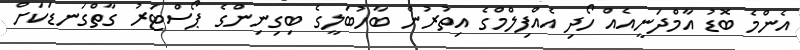
އެންމެ ބޮޑު އާމްދަނީއެއް ހޯދި އެއްފިލްމްގެ އިތުރުން ބާހުބަލީގެ ބިގިނިންގެ ޕޯސްޓަރު ގާތްގަނޑަކަށް